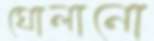
ঘোলানো